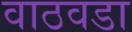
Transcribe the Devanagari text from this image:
वाठवडा